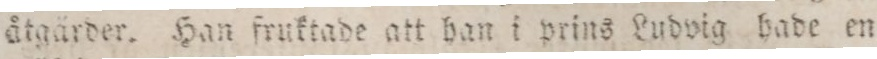
åtgärder. Han fruktade att han i prins Ludvig hade en